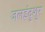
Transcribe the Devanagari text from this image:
जलइंदुशुर